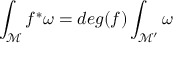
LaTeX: \int _ { \mathcal M } f ^ { * } \omega = d e g ( f ) \int _ { { \mathcal M } ^ { \prime } } \omega